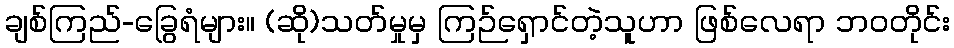
ချစ်ကြည်-ခြွေရံများ။ (ဆို)သတ်မှုမှ ကြဉ်ရှောင်တဲ့သူဟာ ဖြစ်လေရာ ဘဝတိုင်း